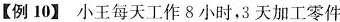
【例10】小王每天工作8小时，3天加工零件